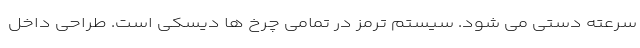
سرعته دستی می شود. سیستم ترمز در تمامی چرخ ها دیسکی است. طراحی داخل